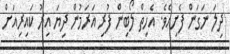
ދިލަ ނަގަން ފެށިއެވެ. އެހިތް ލޯބިން ފުރި އަރަމުން ދިޔަ އިރު ކައިރިއަށް